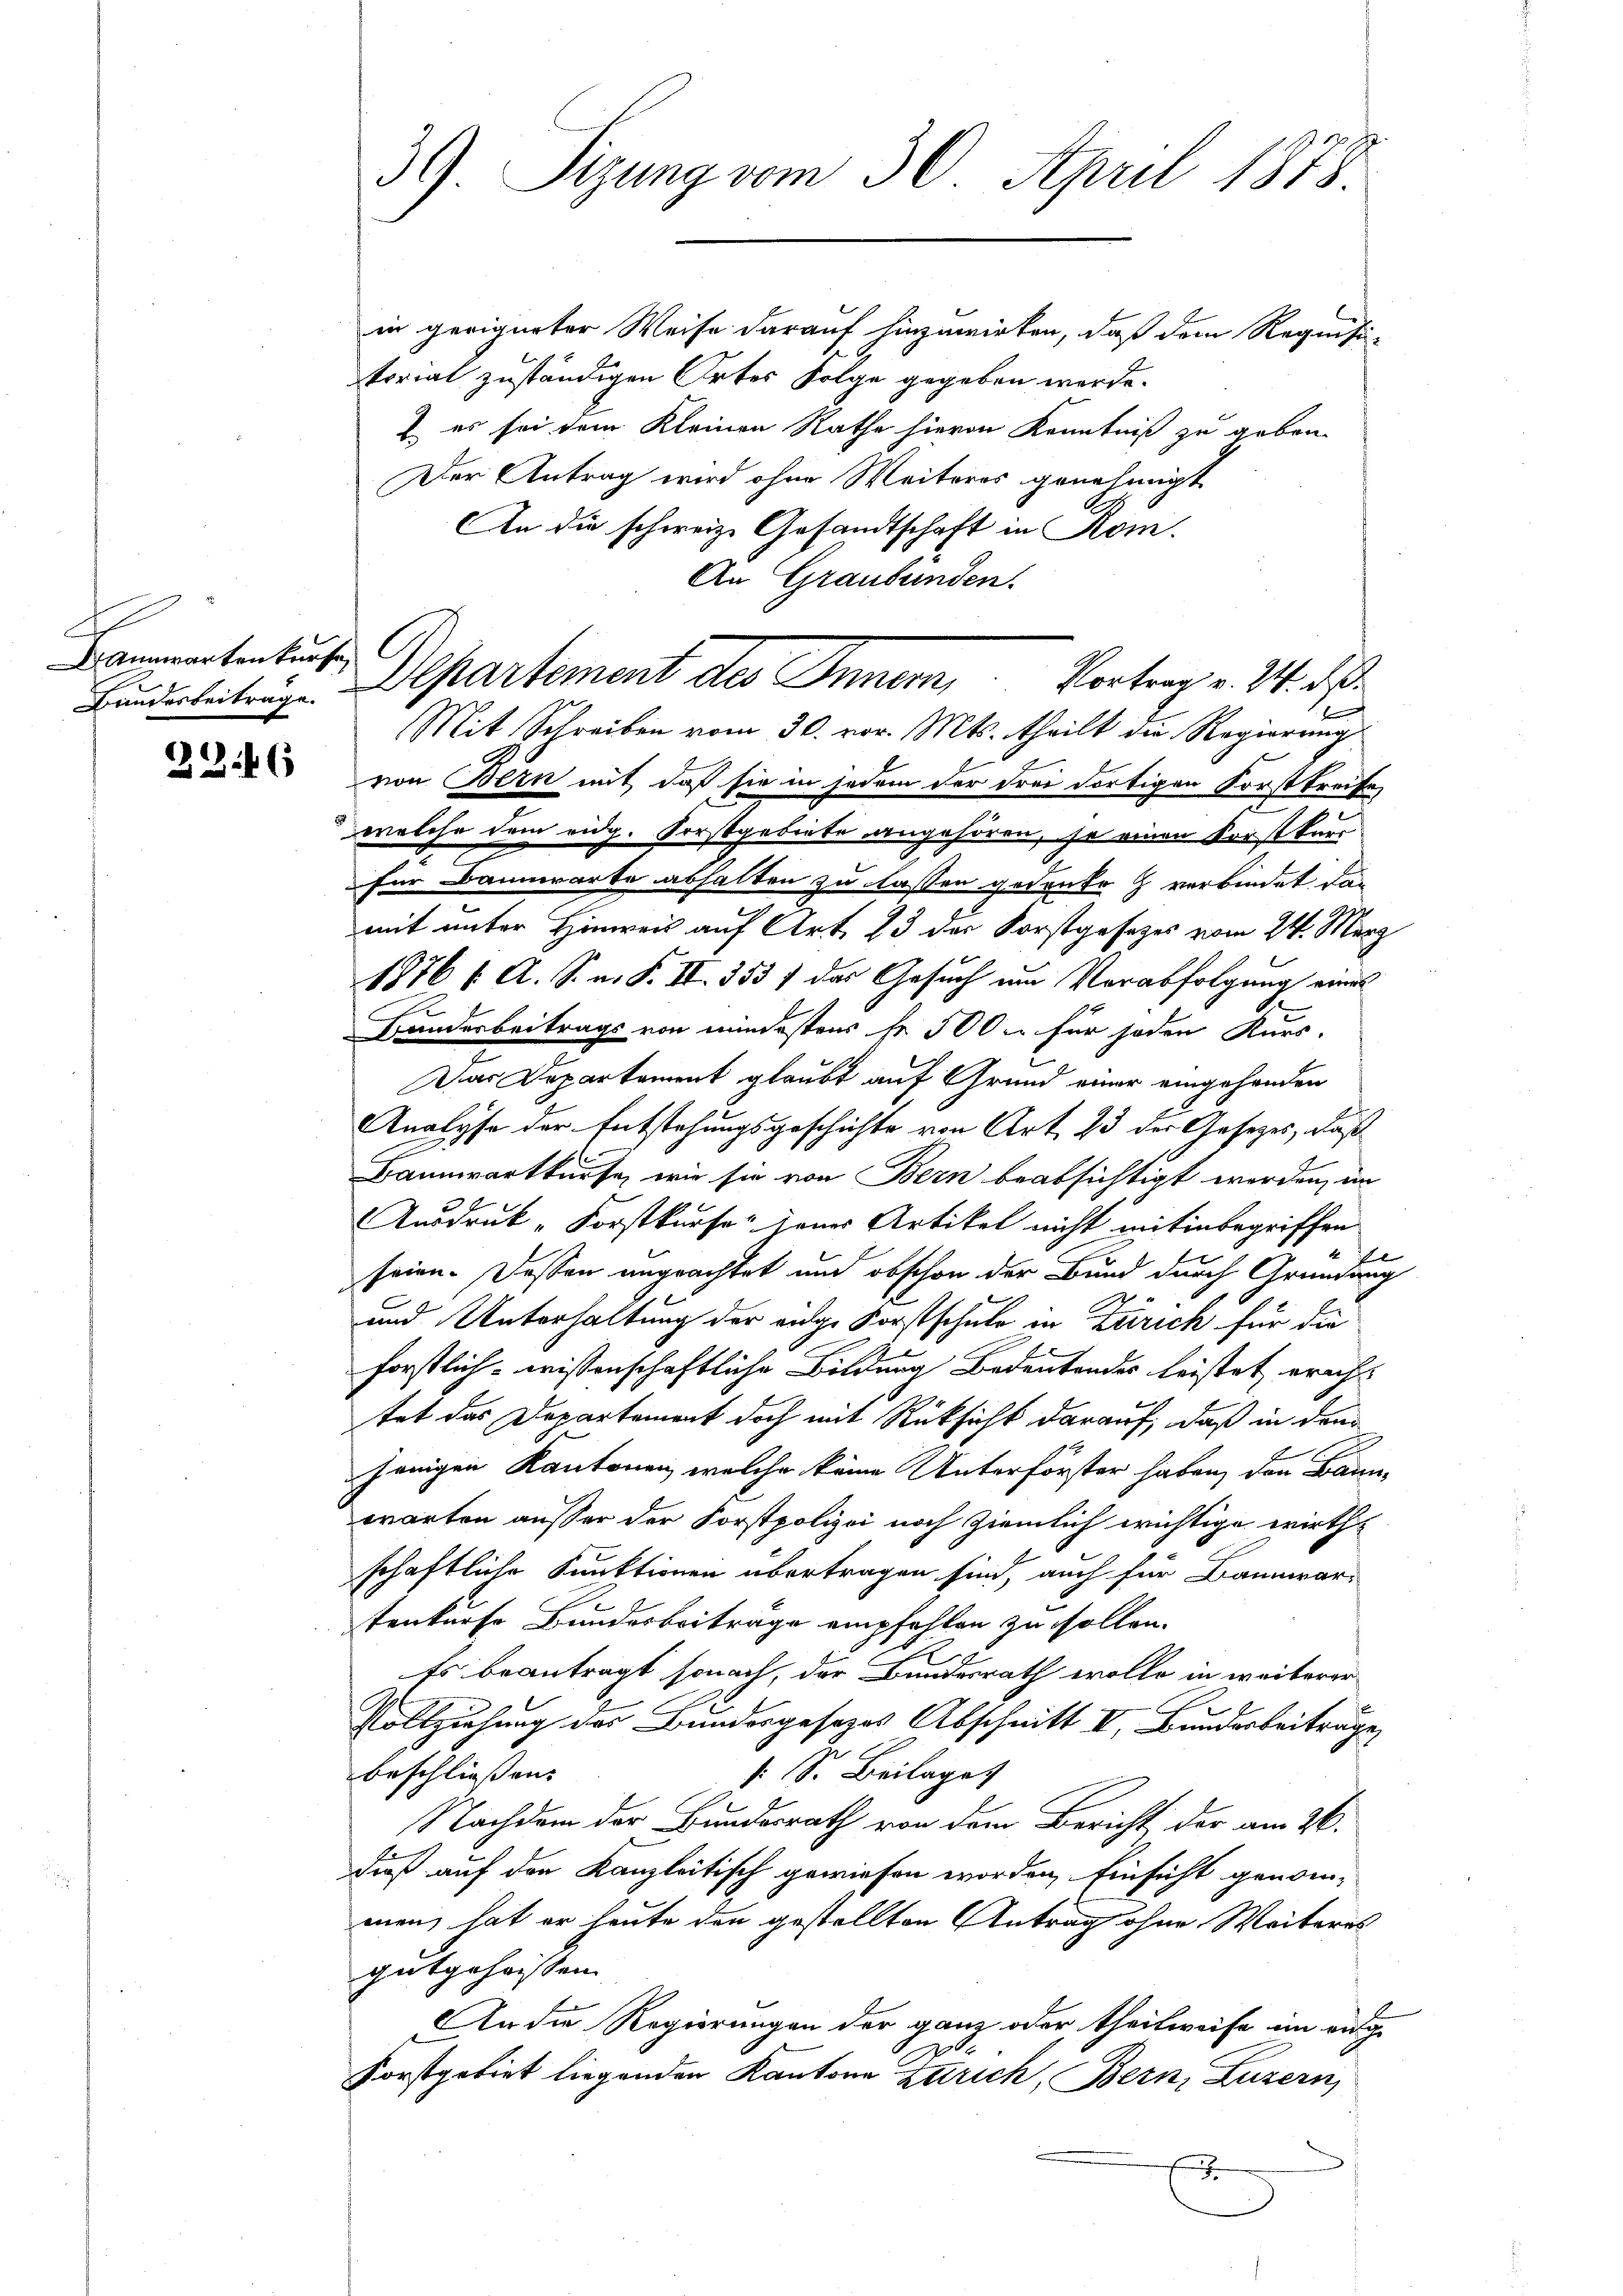
Bannwartenkunft,
Bandesbeitrage.

2246

36) Sizung vom 30. April 1878.

in geeigneter Weise darauf hinzuwirken, daß dem Requisi-
torial zuständigen Ortes Folge gegeben werde.
2. es sei dem Kleinen Rathe hievon Kenntniß zu geben.
Der Antrag wird ohne Weiteres genehmigt
An die schweiz. Gesandtschaft in Rom.
An Graubünden.
von Bern mit daß sie in jedem der drei dortigen Forstkreife
welche dem eidg. Forstgebiete angehören, je einen Vorstkurr
für Bannwarte abhalten zu lassen gedeute verbindet der
mit unter Hinweis auf Art. 23 der Forstgesetzes vom 24. März
1876 f. A. S. n. F. II. 353 f das Gesuch um Verabfolgung eines
Banderbeitrags von mindestens fr. 500 u. für jeden Kurs-
Dar Departement glaubt auf Grund einer eingehanden
Analyse der Entstehungsgeschichte von Art. 23 der Gesetzes, daß
Bannwartkürfe, wie sie von Bern beabsichtigt worden, in
AAusdruck „Forstkurse jenes Artikel nicht mit inbegriffen
e
seien. Dassen ungeachtet und obschon der Bund durch Gründung
und Unterhaltung der ange Forstschule in Zürich für die
forstlich wissenschaftliche Bildung Bedeutendes leistet eracht
tet das Departement doch mit Rücksicht darauf, daß in den
.
jenigen Kantonen, welche keine Unterförster haben, den Bannwarten ausser der Forstpolizei noch ziemlich wichtige wirthschaftliche Funktionen übertragen sind, auch für Baumar-
tenkurse Bundesbeitrage empfehlen zu sollen.
Es beantragt sonach, der Bundesrath evolle in weiterer
Vollziehung des Bundergesezes Abschnitt I. Bunderbeiträge
beschliessen. |
: S. Beilage
Nachdem der Bundesrath von dem Bericht, der am 26.
dieß auf den Kanzleitisch gewiesen worden, Einsicht genommen, hat er heute den gestellten Antrag ohne Weiteres
gutgeheissen
An die Regierungen der ganz oder theilweise im eige
.
Forstgebiet liegenden Kantone Zürich, Bern, Luzern,

Departement des Inner, Vortrag v. M. de
b
Mit Schreiben vom 30. vor. Mts. theilt die Regierungs